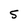
Character: S